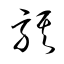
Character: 騏